Problem: 32 + 27 = ?
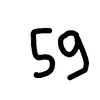
Handwritten answer: 59